Lunatic asylums Central Provinces reports 1886-1894 - 1886-1894
Year: 1886
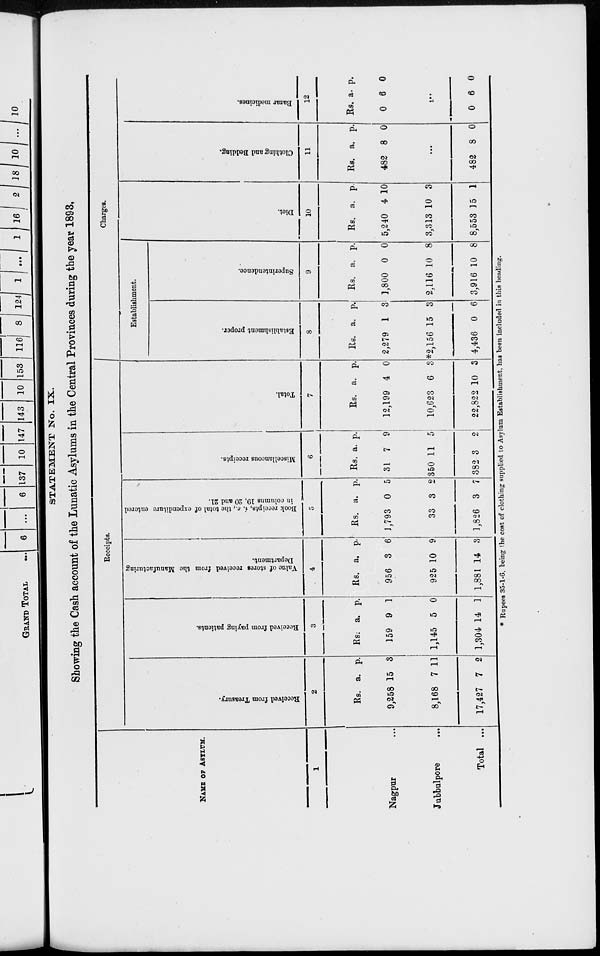
STATEMENT No. IX.
Showing the Cash account of the Lunatic Asylums in the Central Provinces during the year 1893.
NAME OF ASYLUM.
1
Nagpur ...
Jubbulpore
...
Total ...
Receipts.
Received from Treasury.
2
Rs.
9,258
8,168
17,427
a.
15
7
7
p.
3
11
2
Received from paying patients.
3
Rs.
159
1,145
1,304
a.
9
5
14
p.
1
0
1
Value of stores received from the Manufacturing
Department.
4
Rs.
956
925
1,881
a.
3
10
14
p.
6
9
3
Book receipts, i.e., the total of expenditure entered
in columns 19, 20 and 21.
5
Rs.
1,793
33
1,826
a.
0
3
3
p.
5
2
7
Miscellaneous receipts.
6
Rs.
31
350
382
a.
7
11
3
p.
9
5
2
Total.
7
Rs.
12,199
10,623
22,822
a.
4
6
10
p.
0
3
3
Charges.
Establishment.
Establishment proper.
8
Rs.
2,279
*2,156
4,436
a.
1
15
0
p.
3
3
6
Superintendence.
9
Rs.
1,800
2,116
3,916
a.
0
10
10
p.
0
8
8
Diet.
10
Rs.
5,240
3,313
8,553
a.
4
10
15
p.
10
3
1
Clothing and Bedding.
11
Rs.
482
a.
8
p.
0
...
482 8 0
Bazar medicines.
12
Rs.
0
a.
6
p.
0
...
0 6 0
* Rupees 35-1-6, being the cost of clothing supplied to Asylum Establishment, has been included in this heading.